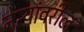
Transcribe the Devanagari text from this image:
नेत्यांवरील